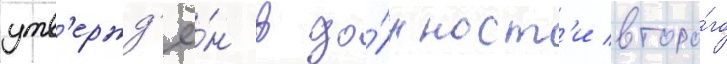
утв'ержд'ё́н в до́лжност'и второ́го